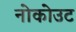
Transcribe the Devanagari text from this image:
नोकोउट